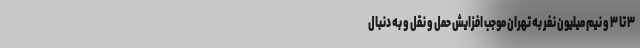
۳ تا ۳ و نیم میلیون نفر به تهران موجب افزایش حمل و نقل و به دنبال